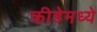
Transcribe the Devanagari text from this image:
क्रीडेमध्ये